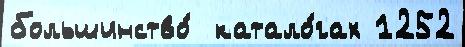
большинство́  катало́гах 1252